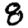
Digit: 8